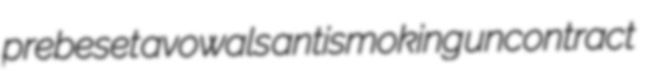
prebeset avowals antismoking uncontract